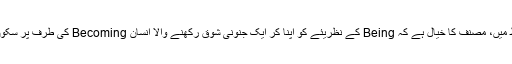
لہذا، میرے اپنے الفاظ میں، مصنف کا خیال ہے کہ Being کے نظریئے کو اپنا کر ایک جنونی شوق رکھنے والا انسان Becoming کی طرف پر سکون سسفر کر سکتا ہے۔